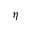
\eta